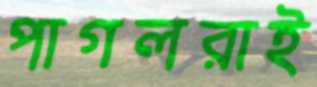
পাগলরাই